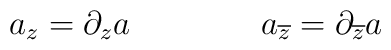
a_z=\partial _za\qquad \qquad a_{\overline{z}}=\partial _{\overline{z}}a